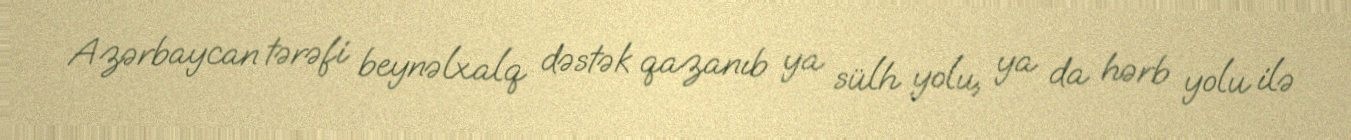
Azərbaycan tərəfi beynəlxalq dəstək qazanıb ya sülh yolu, ya da hərb yolu ilə